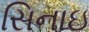
સિનાઇ